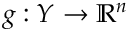
g : Y \to \mathbb { R } ^ { n }